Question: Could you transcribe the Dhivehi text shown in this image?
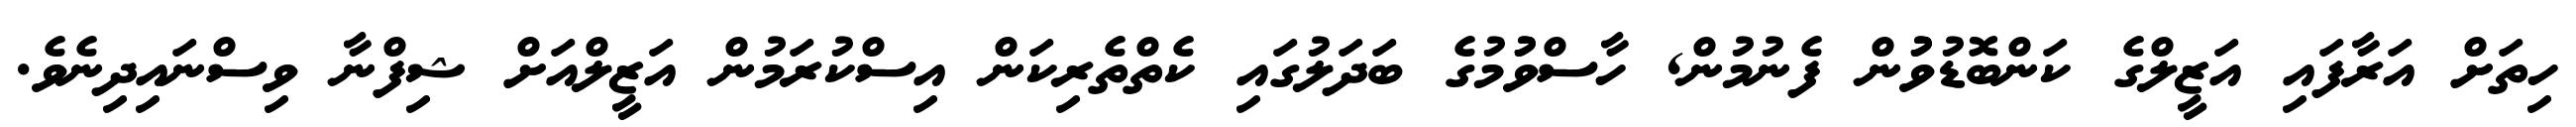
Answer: ހިތަށް އަރާފައި އަޒީލްގެ ކަންބޮޑުވުުން ފެނުމުން, ހާސްވުުމުގެ ބަދަލުގައި ކެތްތެރިކަން އިސްކުރަމުން އަޒީލްއަށް ޝިފްނާ ވިސްނައިދިނެވެ.